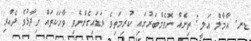
ޑރ. އާމާލް އަލީ: ތިނެއް ނޮވެމްބަރުގައި ކުރިމަތިވެ ވަޑައިގެންނެވި ވާހަކަތައް ވިދާޅުވެ ދެއްވި